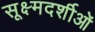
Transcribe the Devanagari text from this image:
सूक्ष्मदर्शीओं